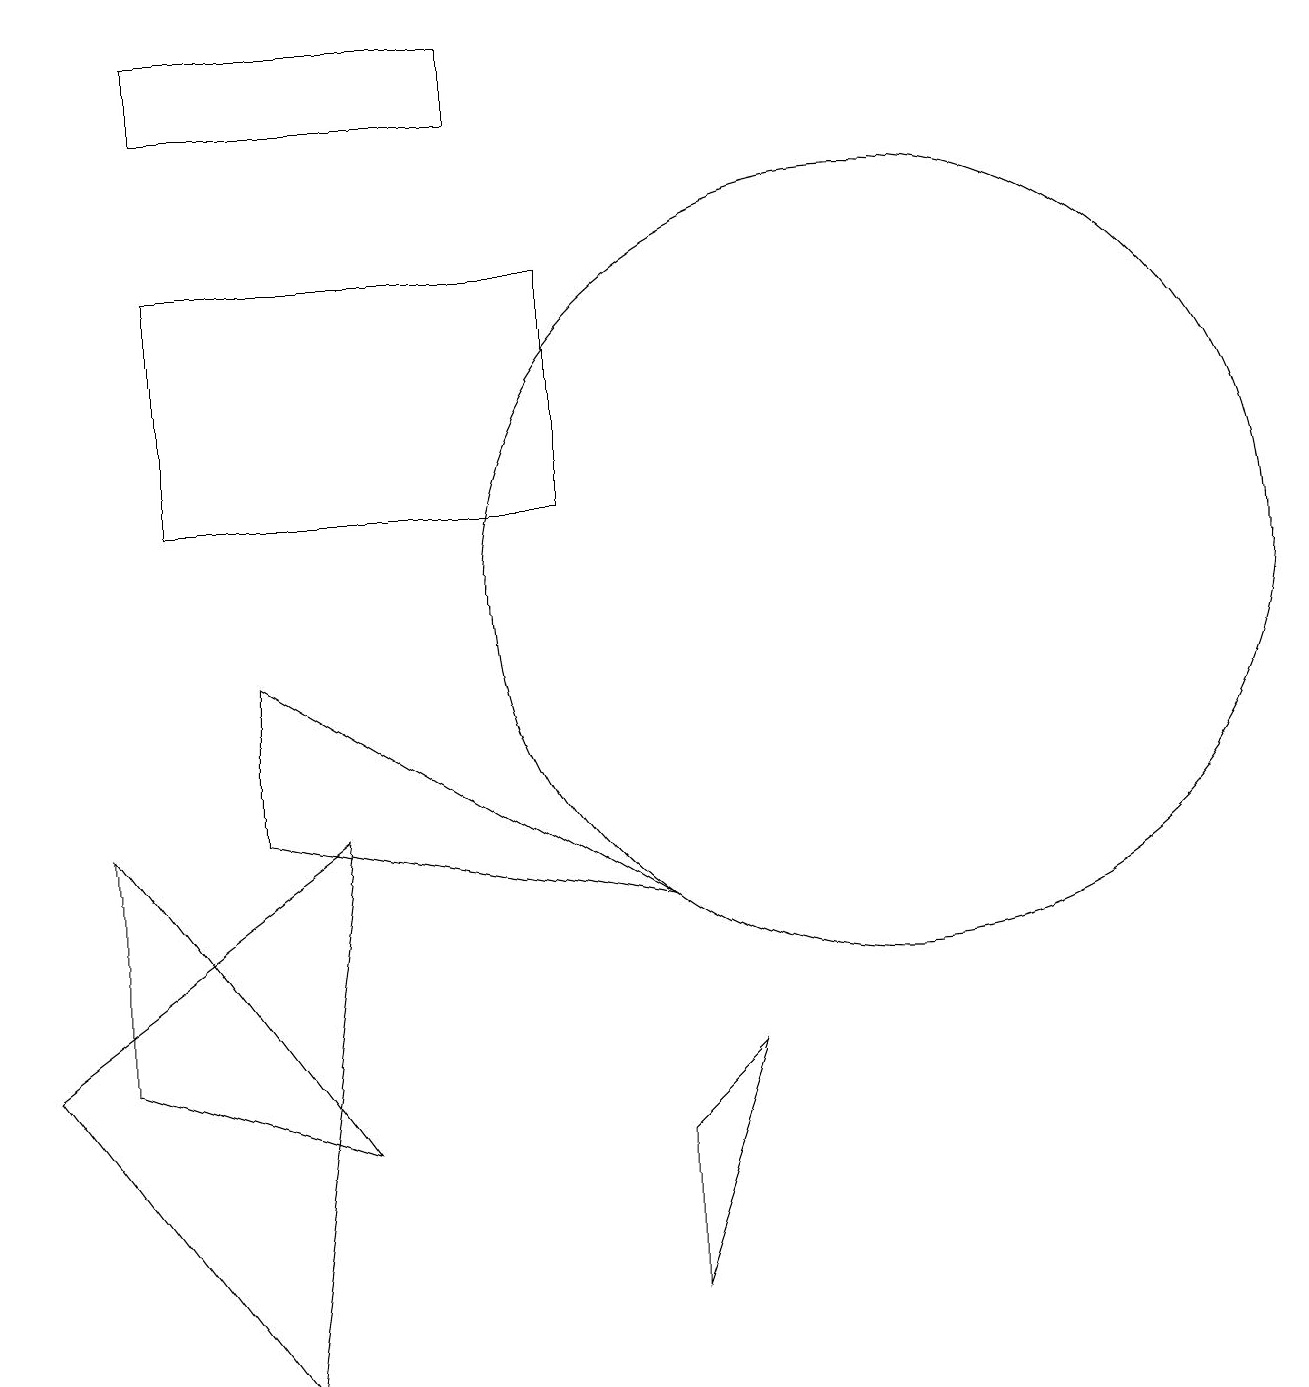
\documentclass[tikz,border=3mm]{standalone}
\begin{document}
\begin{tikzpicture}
\draw (7,14) rectangle (2,11);
\draw (11,10) circle (5);
\draw (8,3) -- (8,1) -- (9,4) -- cycle;
\draw (0,4) -- (3,0) -- (4,7) -- cycle;
\draw (3,7) -- (8,6) -- (3,9) -- cycle;
\draw (2,17) rectangle (6,16);
\draw (4,3) -- (1,4) -- (1,7) -- cycle;
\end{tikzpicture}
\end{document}